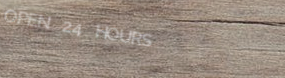
OPEN 24 HOURS